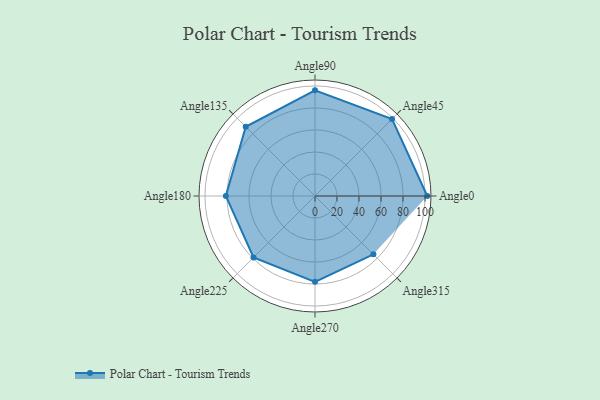
{"axis": {"x": "Angle", "y": "Radius"}, "legend": [""], "data": [{"x": "Angle0", "y": 102.0, "type": ""}, {"x": "Angle45", "y": 99.0, "type": ""}, {"x": "Angle90", "y": 96.0, "type": ""}, {"x": "Angle135", "y": 89.0, "type": ""}, {"x": "Angle180", "y": 81.0, "type": ""}, {"x": "Angle225", "y": 79.0, "type": ""}, {"x": "Angle270", "y": 78.0, "type": ""}, {"x": "Angle315", "y": 75.0, "type": ""}]}